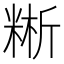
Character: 𥺚